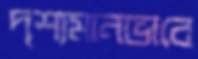
দৃশ্যমানভাবে